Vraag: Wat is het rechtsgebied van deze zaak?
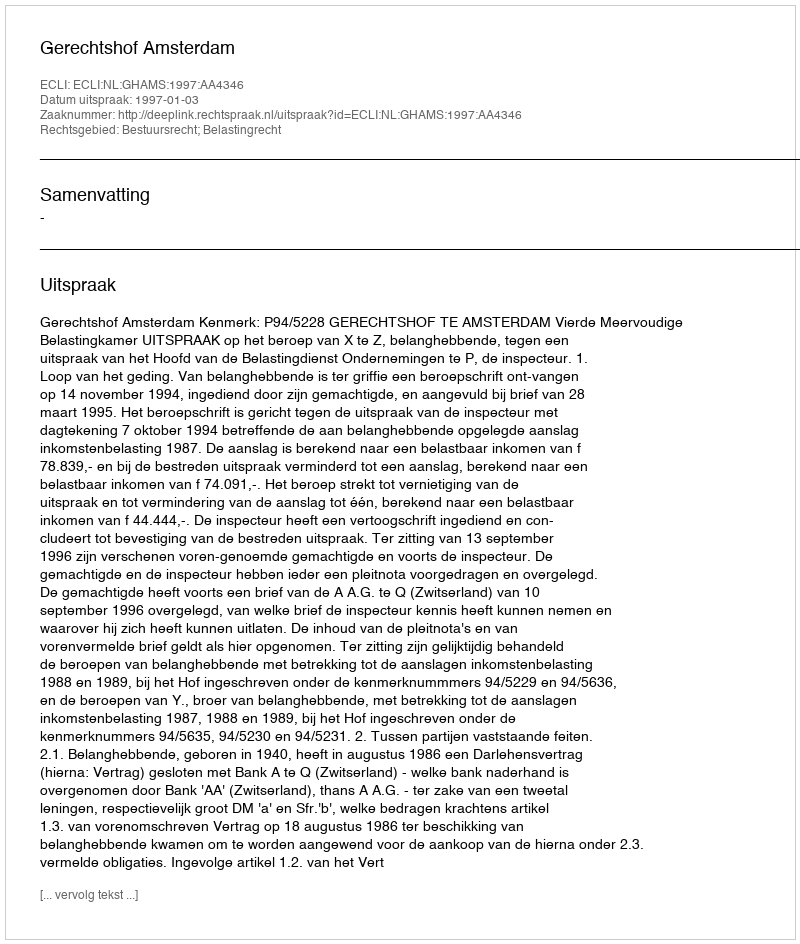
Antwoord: Bestuursrecht; Belastingrecht